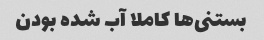
بستنی‌ها کاملا آب شده بودن